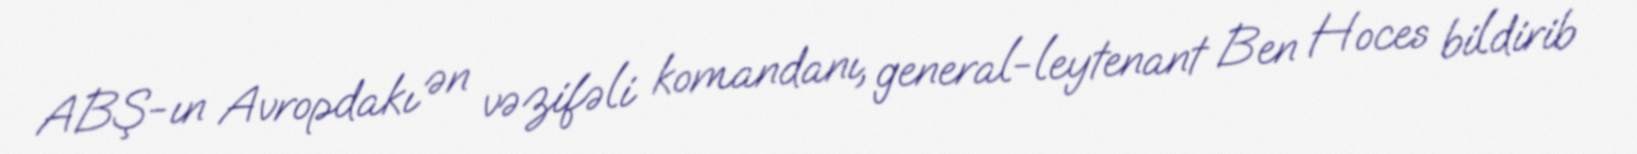
ABŞ-ın Avropdakı ən vəzifəli komandanı, general-leytenant Ben Hoces bildirib